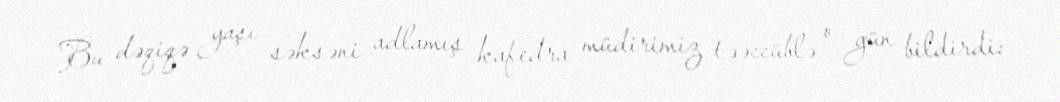
Bu dəqiqə yaşı səksəni adlamış kafedra müdirimiz təəccüblə o gün bildirdi: